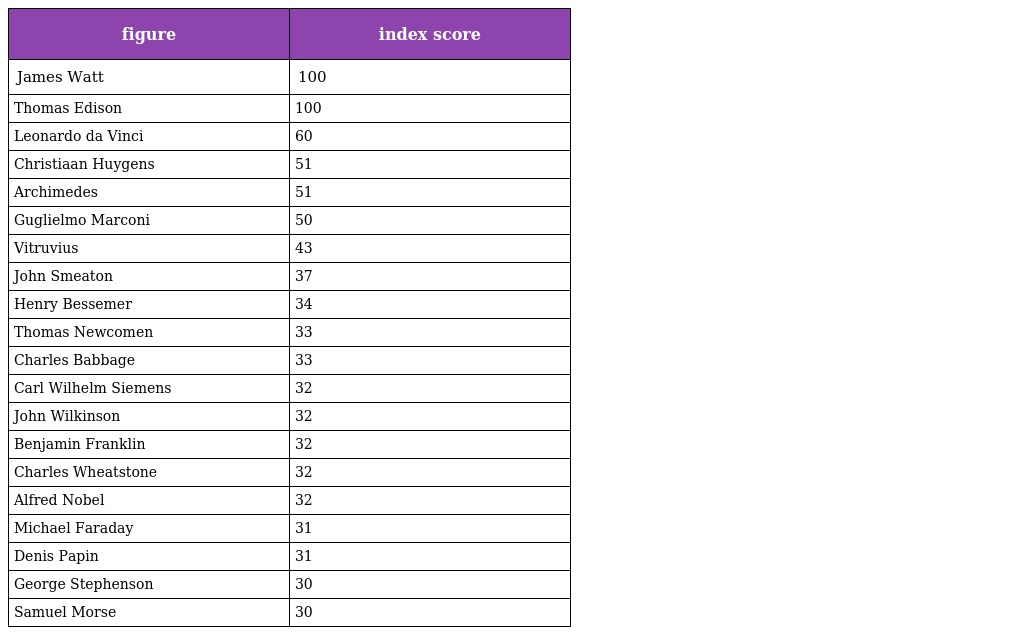
| figure | index score |
 | --- | --- |
 | James Watt | 100 |
 | Thomas Edison | 100 |
 | Leonardo da Vinci | 60 |
 | Christiaan Huygens | 51 |
 | Archimedes | 51 |
 | Guglielmo Marconi | 50 |
 | Vitruvius | 43 |
 | John Smeaton | 37 |
 | Henry Bessemer | 34 |
 | Thomas Newcomen | 33 |
 | Charles Babbage | 33 |
 | Carl Wilhelm Siemens | 32 |
 | John Wilkinson | 32 |
 | Benjamin Franklin | 32 |
 | Charles Wheatstone | 32 |
 | Alfred Nobel | 32 |
 | Michael Faraday | 31 |
 | Denis Papin | 31 |
 | George Stephenson | 30 |
 | Samuel Morse | 30 |